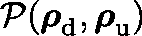
\mathcal { P } ( \boldsymbol { \mathbf { \rho } } _ { \mathrm { d } } , \boldsymbol { \mathbf { \rho } } _ { \mathrm { u } } )